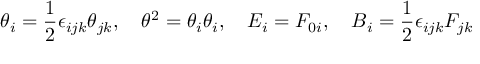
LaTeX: \theta _ { i } = \frac { 1 } { 2 } \epsilon _ { i j k } \theta _ { j k } , \quad \theta ^ { 2 } = \theta _ { i } \theta _ { i } , \quad E _ { i } = F _ { 0 i } , \quad B _ { i } = \frac { 1 } { 2 } \epsilon _ { i j k } F _ { j k }